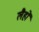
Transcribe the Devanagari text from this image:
लैहों